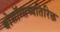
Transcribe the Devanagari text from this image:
बोसॉन्सव्यतिरिक्त